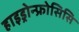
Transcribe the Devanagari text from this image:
हाइड्रोन्फ्रोसिसि